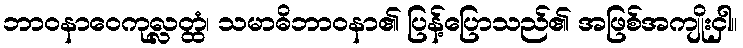
ဘာဝနာဝေကုလ္လတ္ထံ၊ သမာဓိဘာဝနာ၏ ပြန့်ပြောသည်၏ အဖြစ်အကျိုးငှါ။